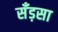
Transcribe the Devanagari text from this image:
सँड़सा